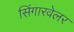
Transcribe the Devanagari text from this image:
सिंगारवेलर